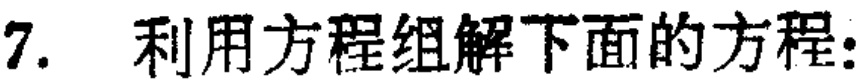
7. 利用方程组解下面的方程: